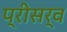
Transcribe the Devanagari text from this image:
प्रीसर्व